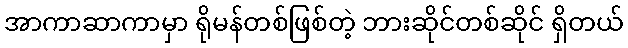
အာကာဆာကာမှာ ရိုမန်တစ်ဖြစ်တဲ့ ဘားဆိုင်တစ်ဆိုင် ရှိတယ်